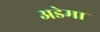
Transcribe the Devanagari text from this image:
अडेमा